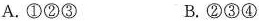
A.①②③ B.②③④